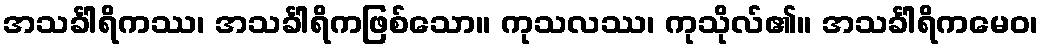
အသင်္ခါရိကဿ၊ အသင်္ခါရိကဖြစ်သော။ ကုသလဿ၊ ကုသိုလ်၏။ အသင်္ခါရိကမေဝ၊